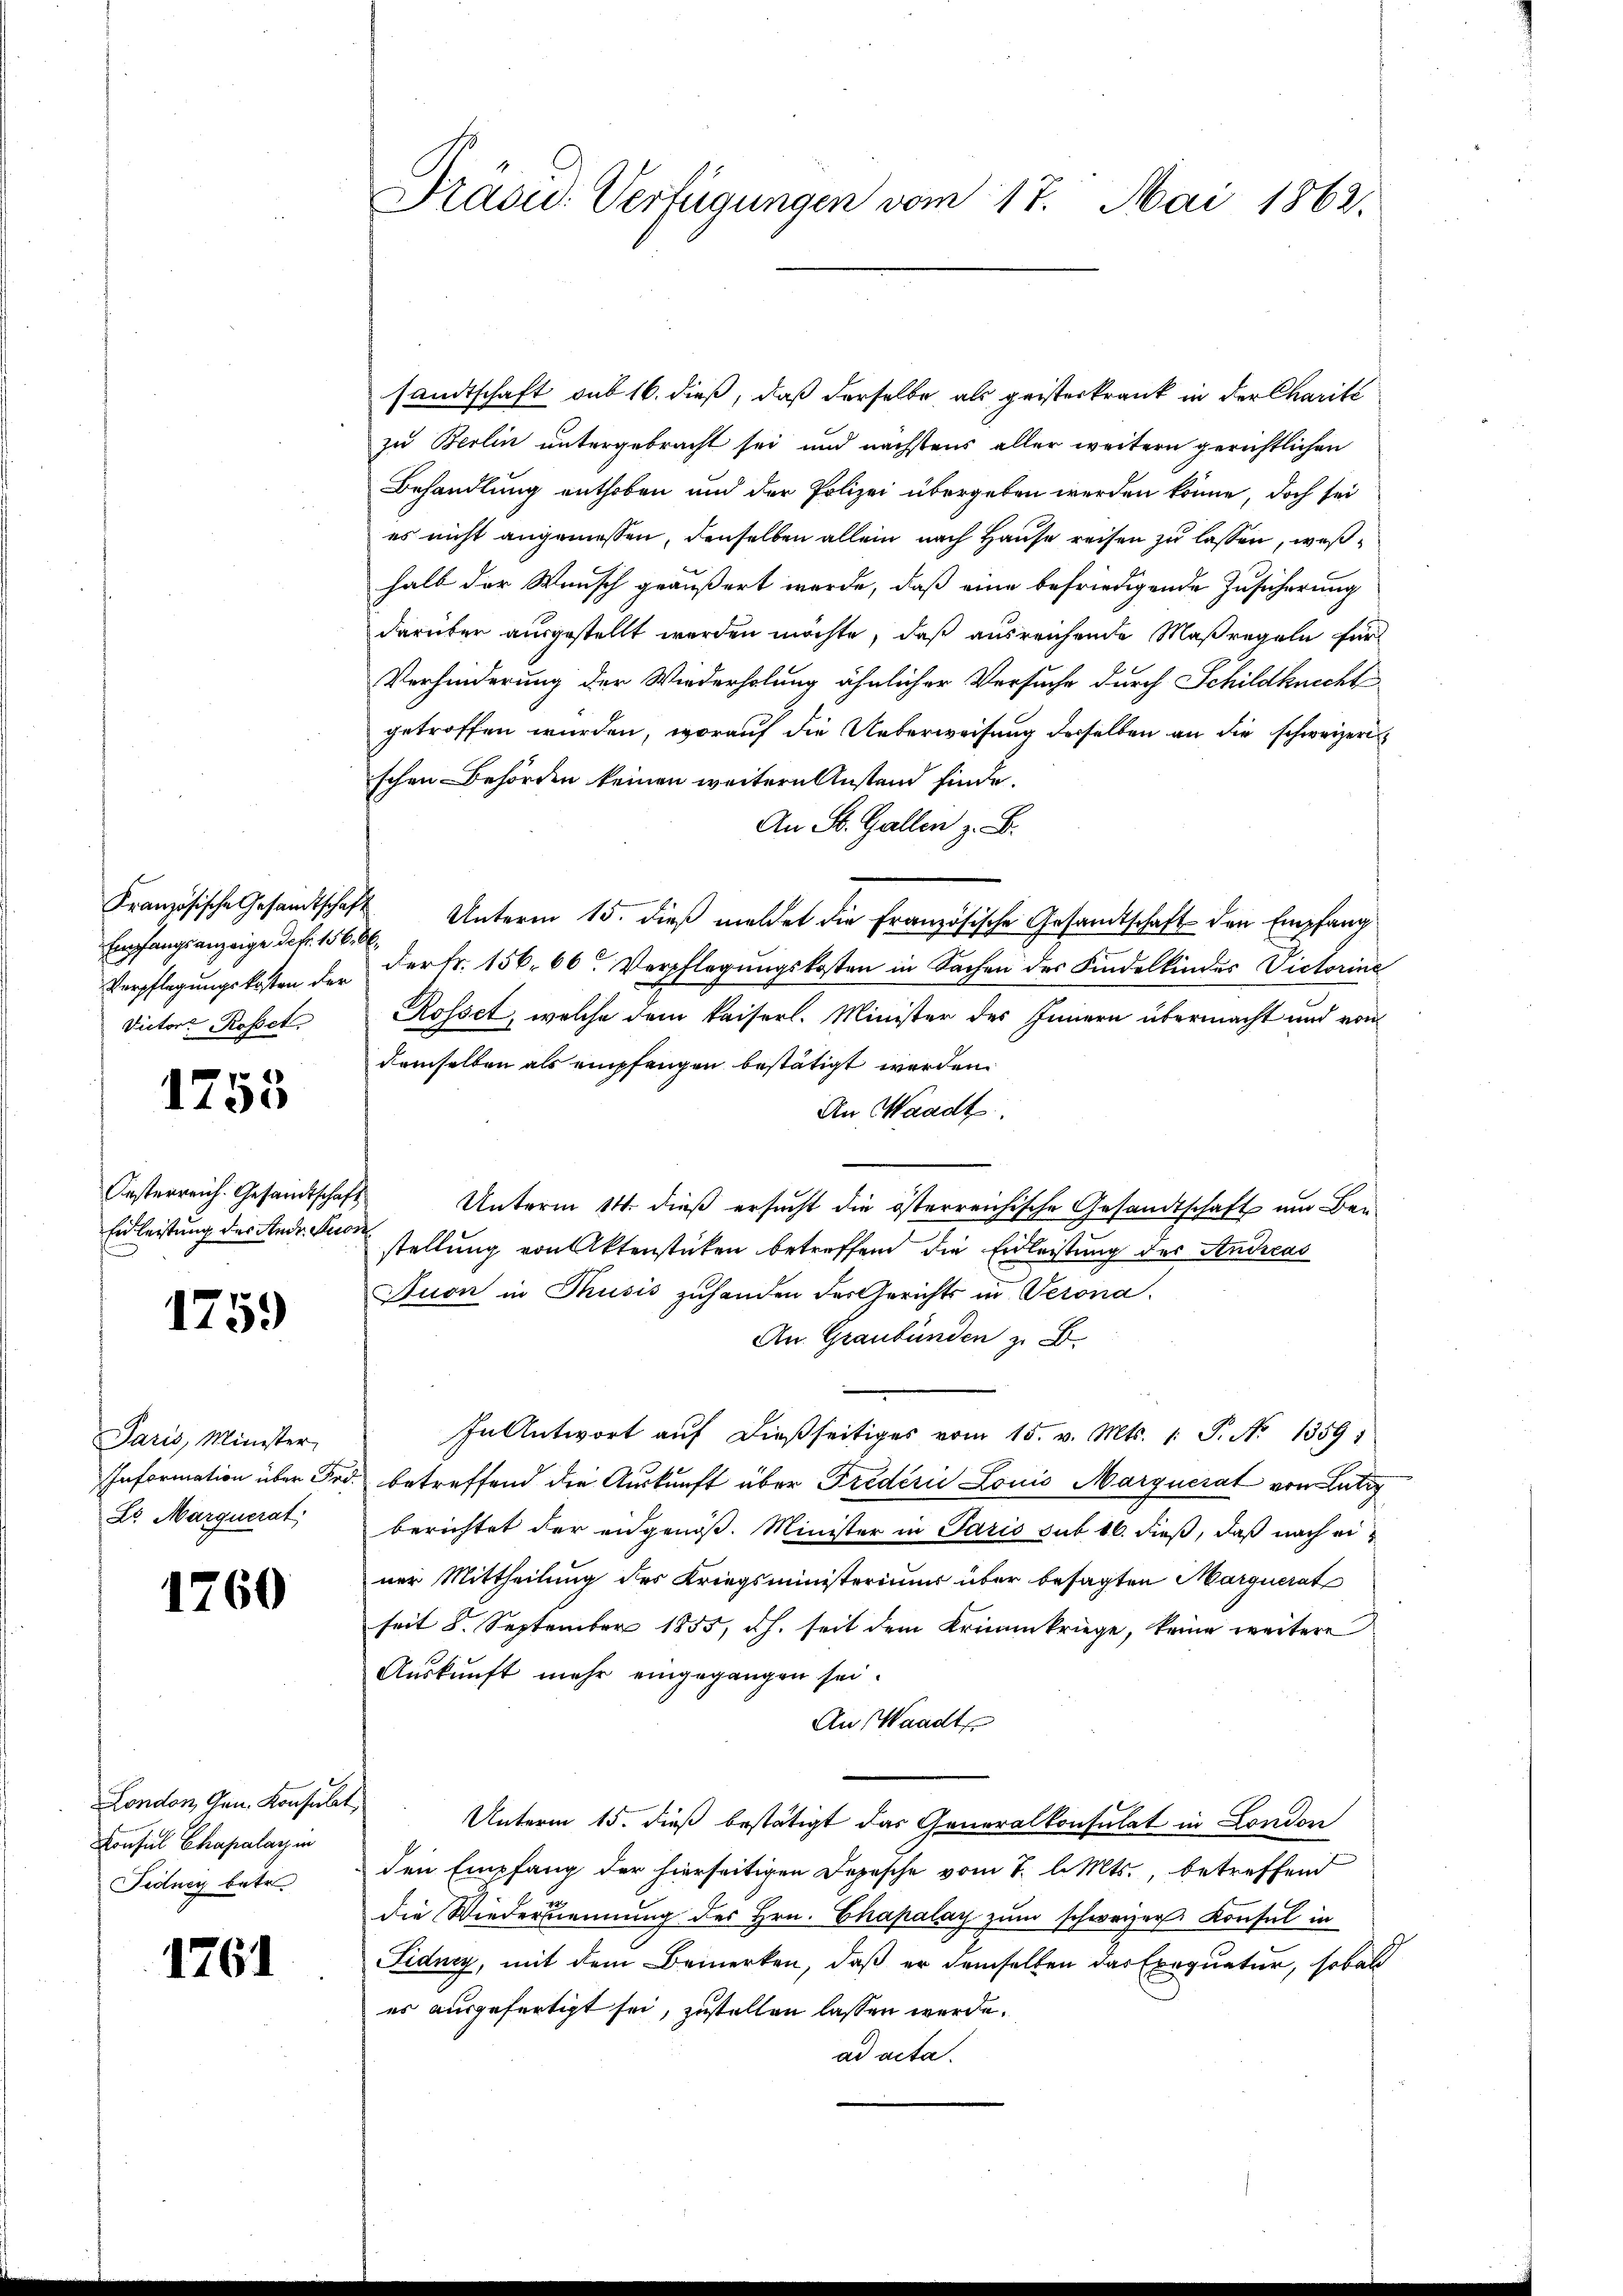
Prasid. Verfügungen vom 17. Mai 1862.

sandtschaft sub 16. dieß, daß derselbe als geisterkrank in der Charite
zu Berlin untergebracht sei und nächstens aller weitern gerichtlichen
Behandlung enthoben und der Polizei übergeben werden könne, doch sei
es nicht angeniessen, denselben allein nach Hause reisen zu lassen, weßhalb der Wunsch geäußert wurde, daß eine befriedigende Zusicherung
darüber ausgestellt werden möchte, daß ausreichende Maßregeln für
Verhinderung der Wiederholung ähnlicher Versuche durch Schildknecht
getroffen wurden, worauf die Ueberweisung derselben an die schweizeri
schen Behörden keinen weitern Anstand finde.
An St. Gallen z. B.
Unterm 15. dieß meldet die Französische Gesandtschaft den Empfang
der Fr. 156. 66. Verpflegungskosten in Sachen des Kindelkindes Victorine
Rosset, welche dem Kaiserl. Minister des Innern übermacht und von
demselben als empfangen bestätigt werden.
An Waadt
Unterm 14. dieß ersucht die österreichische Gesandtschaft um Benstellung von Aktenstücken betreffend die Erleistung des Andreas
Tuon in Thusis zuhanden des Gerichts in Verona.
An Graubünden z. B.
In Antwort aŭf dießseitiges vom 15. v. Mts. 1. P. No 1359.
betreffend die Auskunft über Fredern Louis Marquesat von Lut
berichtet der angenoß. Minister in Paris sub 16. dieß, daß nach einer Mittheilung des Kriegsministeriums über besagten Marquerat
seit 8. September 1855, d.h. seit dem Kriminkriege, keine weitere
Auskunft mehr eingegangen sei.
An Waadt
Unterm 15. dieß bestätigt das Generalkonsulat in London
den Empfang der hierseitigen Depesche vom 1. l. Mts., betreffend
die Wiederkennung des Hrn. Chapalay zum schwarzer Konsul in
Fidney, mit dem Bemerken, daß er demselben das Exequatur, sobal
es ausgefertigt sei, zustellen lassen werde.
ad acta.

Französische Gesandtschaft
Empfangsanzeige defr. 156. 6
Verpflegungskosten der
Victor Rosset

1755

Oesterreich. Gesandtschaft
End leistung des Andr. Kuon

1759

Paris, Minister,
IInformation über Fre
Lr. Marquerat

1760

London, Gen. Konsulat
Konsul Chapalarz in
Fedney betr.

1761